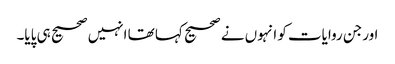
اورجن روایات کو انہوں نے صحیح کہا تھا انہیں صحیح ہی پایا۔